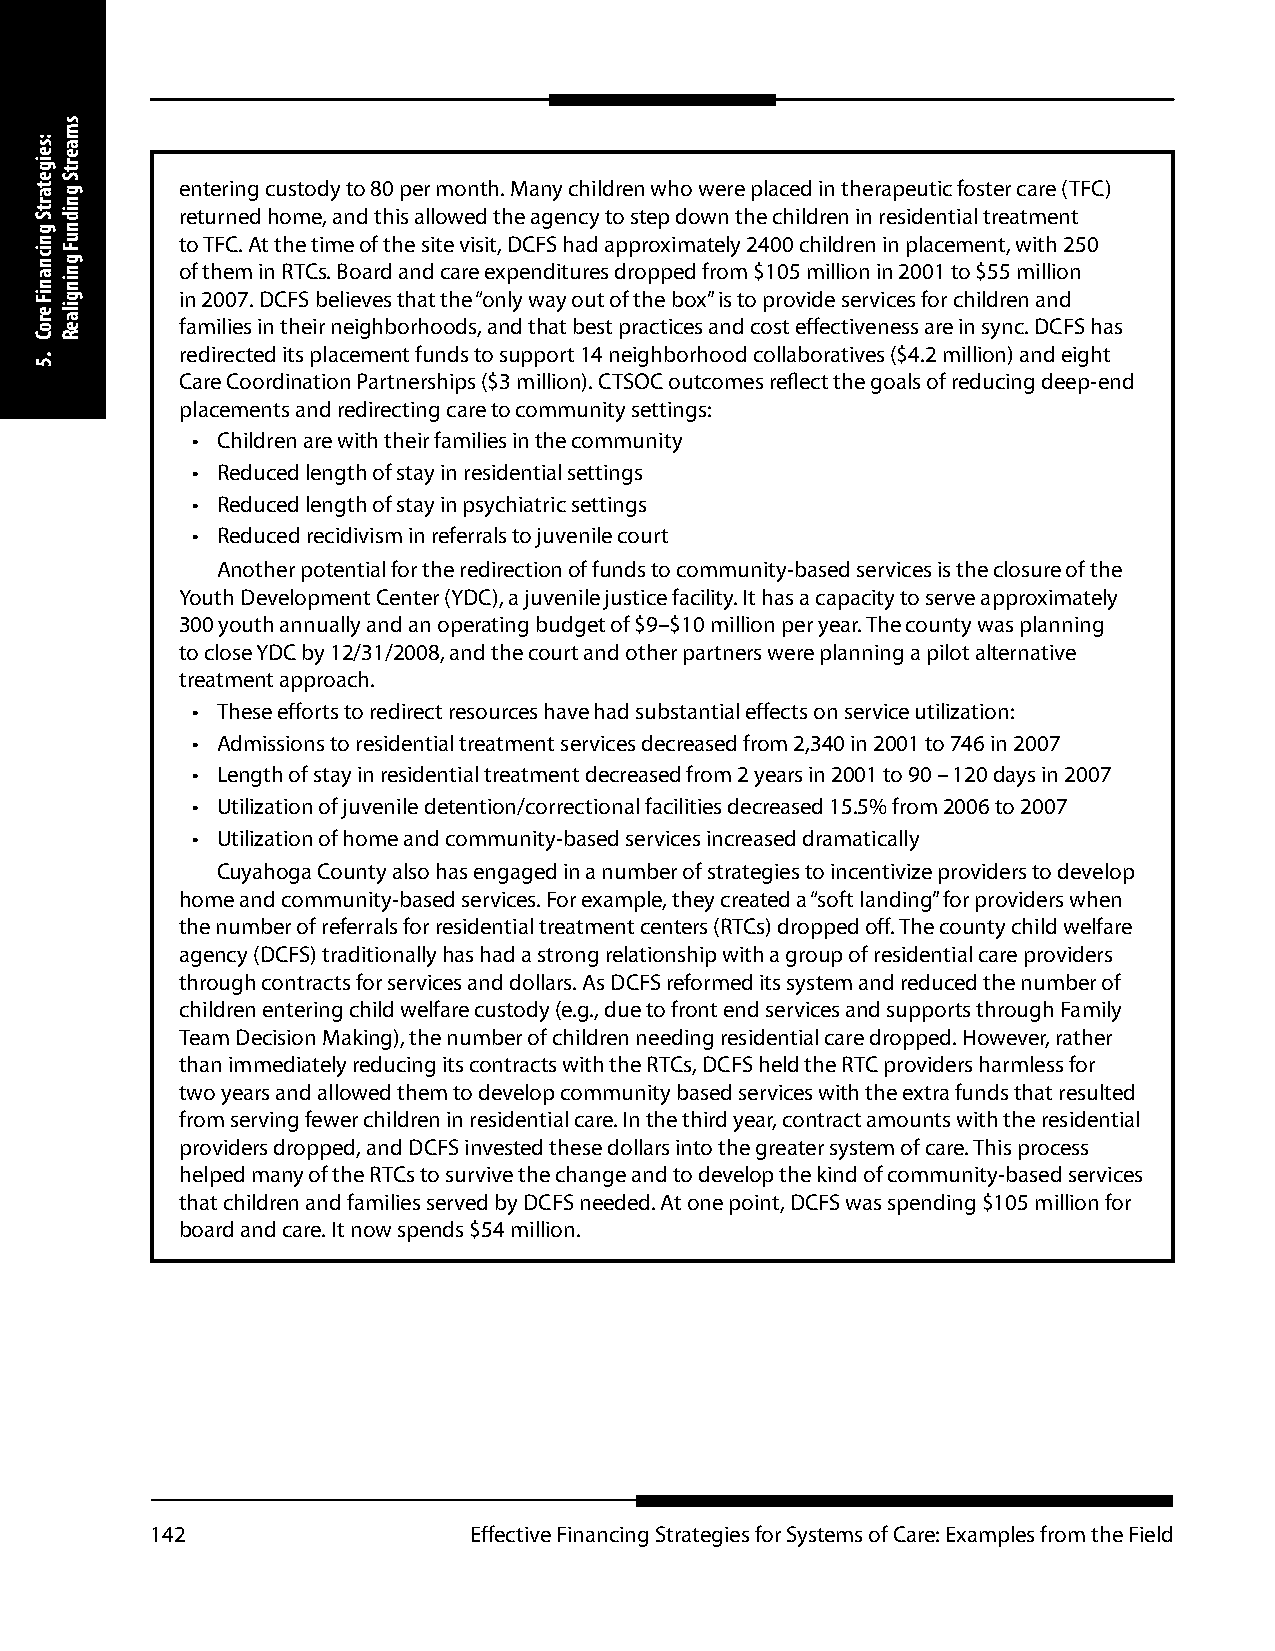
entering custody to 80 per month. Many children who were placed in therapeutic foster care (TFC)
 returned home, and this allowed the agency to step down the children in residential treatment
 to TFC. At the time of the site visit, DCFS had approximately 2400 children in placement, with 250
 of them in RTCs. Board and care expenditures dropped from $105 million in 2001 to $55 million
 in 2007. DCFS believes that the “only way out of the box” is to provide services for children and
 families in their neighborhoods, and that best practices and cost effectiveness are in sync. DCFS has
 redirected its placement funds to support 14 neighborhood collaboratives ($4.2 million) and eight
 Care Coordination Partnerships ($3 million). CTSOC outcomes reflect the goals of reducing deep-end
 placements and redirecting care to community settings:
 • Children are with their families in the community
 • Reduced length of stay in residential settings
 • Reduced length of stay in psychiatric settings
 • Reduced recidivism in referrals to juvenile court
 Another potential for the redirection of funds to community-based services is the closure of the
 Youth Development Center (YDC), a juvenile justice facility. It has a capacity to serve approximately
 300 youth annually and an operating budget of $9–$10 million per year. The county was planning
 to close YDC by 12/31/2008, and the court and other partners were planning a pilot alternative
 treatment approach.
 • These efforts to redirect resources have had substantial effects on service utilization:
 • Admissions to residential treatment services decreased from 2,340 in 2001 to 746 in 2007
 • Length of stay in residential treatment decreased from 2 years in 2001 to 90 – 120 days in 2007
 • Utilization of juvenile detention/correctional facilities decreased 15.5% from 2006 to 2007
 • Utilization of home and community-based services increased dramatically
 Cuyahoga County also has engaged in a number of strategies to incentivize providers to develop
 home and community-based services. For example, they created a “soft landing” for providers when
 the number of referrals for residential treatment centers (RTCs) dropped off. The county child welfare
 agency (DCFS) traditionally has had a strong relationship with a group of residential care providers
 through contracts for services and dollars. As DCFS reformed its system and reduced the number of
 children entering child welfare custody (e.g., due to front end services and supports through Family
 Team Decision Making), the number of children needing residential care dropped. However, rather
 than immediately reducing its contracts with the RTCs, DCFS held the RTC providers harmless for
 two years and allowed them to develop community based services with the extra funds that resulted
 from serving fewer children in residential care. In the third year, contract amounts with the residential
 providers dropped, and DCFS invested these dollars into the greater system of care. This process
 helped many of the RTCs to survive the change and to develop the kind of community-based services
 that children and families served by DCFS needed. At one point, DCFS was spending $105 million for
 board and care. It now spends $54 million.
 142                  Effective Financing Strategies for Systems of Care: Examples from the Field
 :seigetartS
 gnicnaniF
 eroC
 .5
 smaertS
 gnidnuF
 gningilaeR